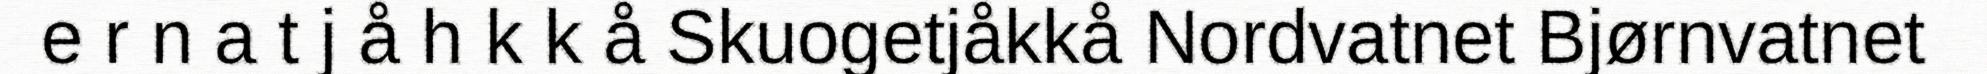
e r n a t j å h k k å Skuogetjåkkå Nordvatnet Bjørnvatnet